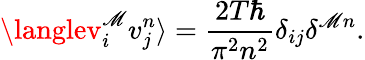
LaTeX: \langlev_{i}^{\mathscr{M}}v_{j}^{n}\rangle=\frac{{2T\hbar}}{{\pi^{2}n^{2}}}\delta_{ij}\delta^{\mathscr{M}n}.